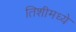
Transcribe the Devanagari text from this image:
तिशीमध्ये